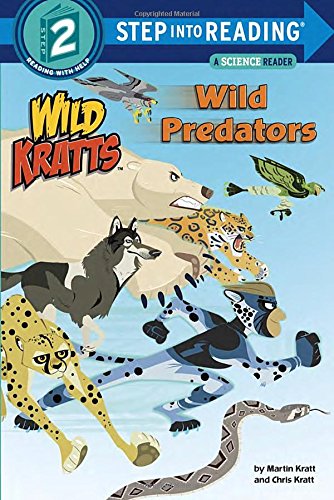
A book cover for Wild Predators (Wild Kratts) (Step into Reading); Chris Kratt; Children's Books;